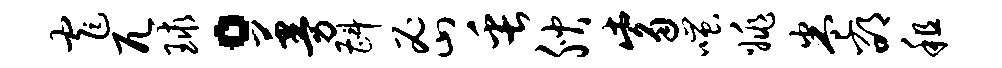
窄兀球。蔓斟密缶腴觜嗤姚卷邵租